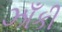
ઝાઁકી